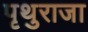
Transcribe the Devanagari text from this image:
पृथुराजा